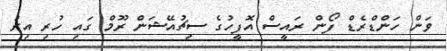
ވަން ހަންޑްރެޑް ފޯން ރައީސް އޮފީހުގެ ސިޗުއޭޝަން ރޫމް ގައި ހުރި އިރު